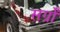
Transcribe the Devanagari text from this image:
सर्ग्रों